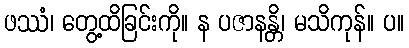
ဖဿံ၊ တွေ့ထိခြင်းကို။ န ပဇာနန္တိ၊ မသိကုန်။ ပ။